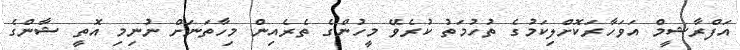
އަފްރާޝީމް އަވަހާރަކޮށްލިކަމުގެ ތުހުމަތު ކުރެވޭ މީހުންގެ ތެރެއިން މިހާތަނަށް ނުނިމި އޮތީ ޝާންގެ